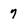
Character: 7